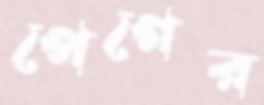
পেগের